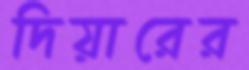
দিয়ারের